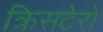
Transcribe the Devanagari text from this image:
क्रिसटेरो